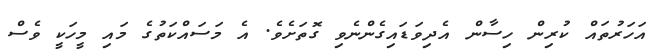
އަހަރުތައް ކުރިން ހިސާން އެދިވަޑައިގެންނެވި ގޮތަށެވެ. އެ މަސައްކަތުގެ މައި މީހަކީ ވެސް